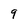
Character: 9